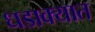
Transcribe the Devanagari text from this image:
धडाक्‍यात